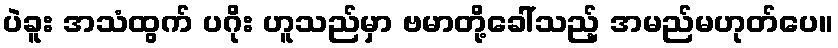
ပဲခူး အသံထွက် ပဂိုး ဟူသည်မှာ ဗမာတို့ခေါ်သည့် အမည်မဟုတ်ပေ။